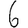
Digit: 6